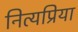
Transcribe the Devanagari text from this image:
नित्यप्रिया